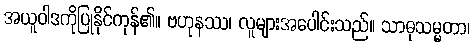
အယူဝါဒကိုပြုနိုင်ကုန်၏။ ဗဟုနဿ၊ လူများအပေါင်းသည်။ သာဓုသမ္မတာ၊